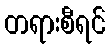
တရားစီရင်